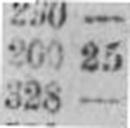
328 —